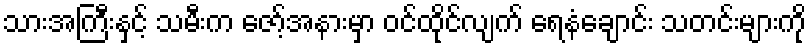
သားအကြီးနှင့် သမီးက ဇော့်အနားမှာ ဝင်ထိုင်လျက် ရေနံချောင်း သတင်းများကို